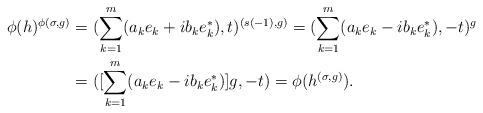
LaTeX: \begin{align*}\phi(h)^{\phi(\sigma, g)}&=(\sum^m_{k=1} (a_k e_k +ib_ke^{\ast}_k),t)^{(s(-1),g)}=(\sum^m_{k=1} (a_k e_k -ib_ke^{\ast}_k),-t)^{g}\\&=([\sum^m_{k=1} (a_k e_k -ib_ke^{\ast}_k)]g,-t)=\phi(h^{(\sigma, g)}).\end{align*}